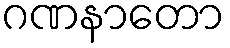
ဂဏနာတော